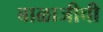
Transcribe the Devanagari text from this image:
बाळाजीची